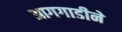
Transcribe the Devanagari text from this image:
आगगाडीने